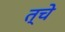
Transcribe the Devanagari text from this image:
त्चे